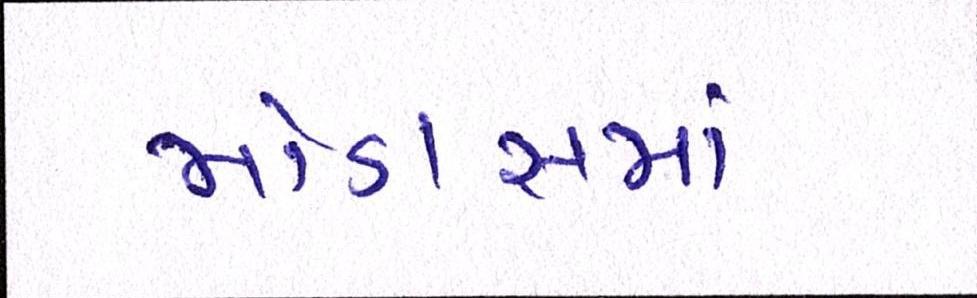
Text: મોડાસામાં